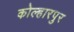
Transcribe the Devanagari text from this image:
कोल्हारपुर